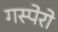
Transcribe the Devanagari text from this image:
गस्पेरो